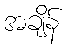
အချိန်